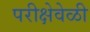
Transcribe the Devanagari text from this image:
परीक्षेवेळी